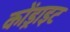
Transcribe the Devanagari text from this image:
कोंड्राइट